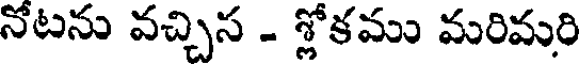
నోటను వచ్చిస - శ్లోకము మరిమరి